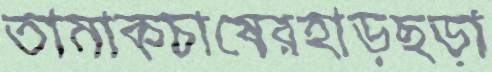
তামাকচাষেরহাড়ছড়া